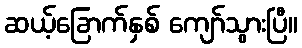
ဆယ့်ခြောက်နှစ် ကျော်သွားပြီ။